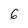
Character: 6